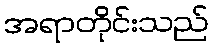
အရာတိုင်းသည်